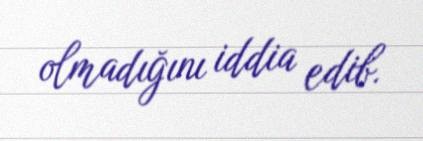
olmadığını iddia edib.